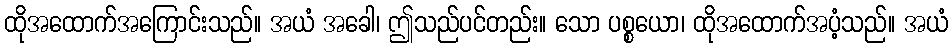
ထိုအထောက်အကြောင်းသည်။ အယံ အခေါ၊ ဤသည်ပင်တည်း။ သော ပစ္စယော၊ ထိုအထောက်အပံ့သည်။ အယံ